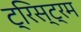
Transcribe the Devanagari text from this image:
ट्रिस्ट्रम